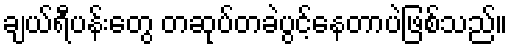
ချယ်ရီပန်းတွေ တဆုပ်တခဲပွင့်နေတာပဲဖြစ်သည်။